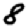
Digit: 8